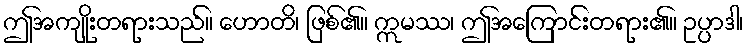
ဤအကျိုးတရားသည်။ ဟောတိ၊ ဖြစ်၏။ ဣမဿ၊ ဤအကြောင်းတရား၏။ ဥပ္ပာဒါ၊